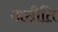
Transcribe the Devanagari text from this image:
असीति